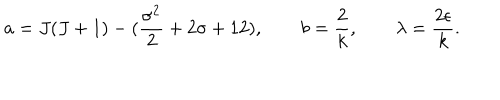
a = J ( J + 1 ) - ( { \frac { \sigma ^ { 2 } } { 2 } } + 2 \sigma + 1 2 ) , \qquad b = { \frac { 2 } { k } } , \qquad \lambda = { \frac { 2 \epsilon } { k } } .